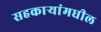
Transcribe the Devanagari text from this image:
सहकार्‍यांमधील